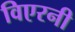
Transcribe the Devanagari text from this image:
विएरनी